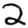
Digit: 2